King Institute of Preventive Medicine Micro-Biological Section reports 1912-19
Year: 1912
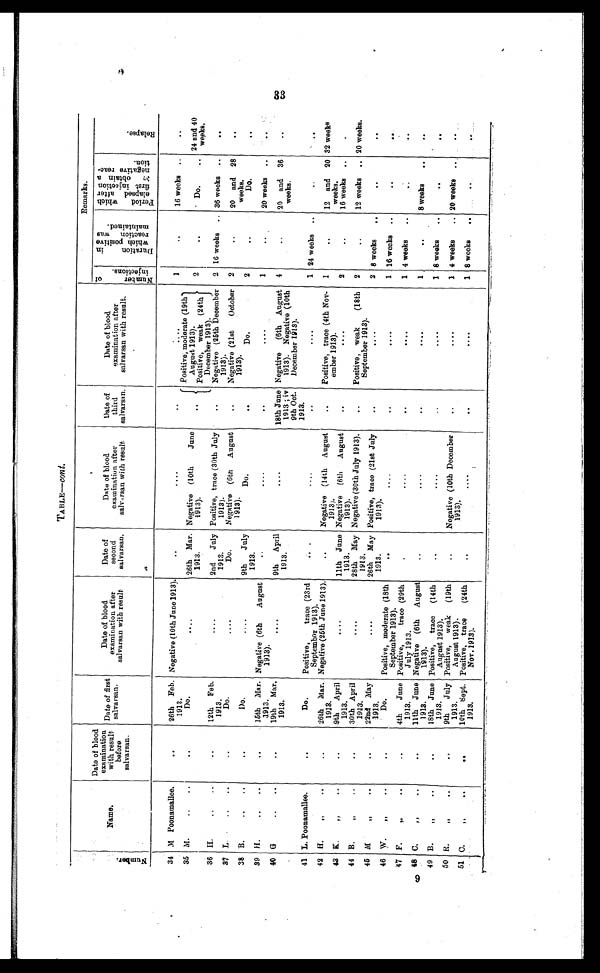
TABLE—Cont.
Number .
Name.
Date of blood
examination
with result
before
salvarsan.
Date of first
salvarsan.
Date of blood
examination after
salvarsan with result
Date of
second
salvarsan .
Date of blood
examination after
salvarsan with result
Date of
third
salvarsan.
Date of blood
examination after
salvarsan with result
.
Remarks.
N u m b e r o f i n j u c t i o n .
D u r a t i o n i n w h i c h p o s i t i v e r e c a t i o n w a s m a i n t a i n e d .
P e r i o d w h i c h e l a p s e d a f t e r f i r s t i n j u c t i o n o b t a i n a n e g a t i v e i n j u c t i o n .
Repl ace.
34 M. Poonamallee.
. .
26th Feb.
1913.
Negative (10th June 1913).
. .
. .
Posi t i ve, moderat e(19t h August 1913].
1
. .
16 weeks
..
35 M.
. . ..
.
Do.
.
.
26th Mar.
1 9 1 3 .
Negative (10th
June
1 9 1 3 ) .
. .
Positive, weak (24th
December 1913).
.
. .
Do.
24 and 40
weeks.
36 H.
. . ..
. .
12th Feb.
1913.
. . . .
2nd
July
1 9 1 3 .
Positive, trace (30th July
1 9 1 3 ) .
. .
Negative (25th December
1913).
2 16 weeks
.. 36 weeks
..
. .
37 L.
..
..
. .
Do
.
Negative (6th
August
1 9 1 3 ) .
. .
Negative (21st
October
1913).
2
. .
20 and 28
w e e k s .
. .
38 B.
. . . .
. .
Do.
.
.
. .
9th
July
1 9 1 3 .
D o .
. .
Do.
2
. .
D o .
-
39 H.
..
. .
. .
15th Mar.
1913.
Negative (6th
August
1913).
. .
. . . .
. .
. . . .
1
. .
20 weeks ..
. .
40 G
. . ..
. .
19th Mar.
1913.
. . . .
9th
April
1 9 1 3 .
. . . .
18th June
1913 ; iv
9th Oct.
1913.
Negative
(6th August
1913). Negative (10th
December 1913) .
4
. .
20 and 36
w e e k s .
. .
41 L. Poonamallee.
. .
Do.
Positive,
trace (23rd
Septembor 1913).
. . . .
. .
1 24 weeks
..
. .
42 H.
"
..
.
26th Mar.
1913.
Negative (25th June 1913).
. .
Negative (14th August
1 9 1 3 ) .
. .
Positive, trace (4th Nov-
ember 1913).
1
. .
12 and 20
w e e k s .
32 weeks
43 K.
"
.
. .
9th
April
1913.
. . . .
11th June
1 9 1 3 .
Negative (6th
August
1 9 1 3 ) .
. .
. . . .
2
. .
16 weeks
. .
44 B.
"
30th April
1913.
. . . .
28th May
1 9 1 3 .
Negative (30th July 1913).
. .
Positive, weak
(18th
September 1913).
2
. .
12 weeks
. 20 weeks.
45 M
"
. .
. .
22nd May
1913.
. . . .
26th May
1 9 1 3 .
Positive, trace (21st July
1 9 1 3 ) .
.
. .
. .
2 8 weeks
..
. .
. .
46 W.
"
. .
. .
Do.
Positive, moderate (18th
September 1913).
. .
. . . .
. .
. . . .
1 16 weeks
..
. .
. .
47 F.
"
. .
. . 4th
June
1913.
Positive,
trace (29th
July 1913.
.
. . . .
. .
. . . .
1 4 weeks
..
48 C. " ..
. . 11th June
1913.
Negative (6th
August
1913).
. .
. . . .
. .
. . . .
1
. .
8 weeks
..
. .
49 B.
"
. .
. .
18th June
1913.
Positive,
trace
(14th
August 1913).
. .
. . . .
. -
. . . .
1 8 weeks
. .
. .
. .
50 R.
"
. .
.
9th
July
1913.
Positive,
weak
(19th
August 1913).
. .
Negative (10th December
1 9 1 3 ) .
. .
. . . .
1 4 weeks
.. 20 weeks
51 C."
.
10th Sept.
1913.
Positive, trace
(24th
Nov. 1913),
. .
. . . .
. .
. . . .
1 8 weeks
. .
-